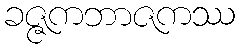
ခဇ္ဇကဘာဇကဿ